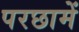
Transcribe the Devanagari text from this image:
परछामें